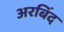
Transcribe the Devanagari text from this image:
अरबिंद